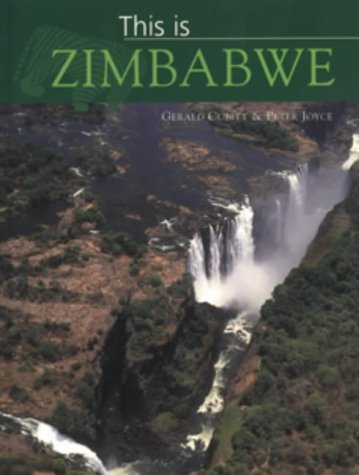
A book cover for This is Zimbabwe; Peter Joyce; Travel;